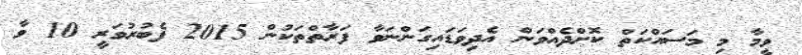
ވީމާ މި މަސައްކަތް ކޮށްދެއްވަން އެދިވަޑައިގަންނަވާ ފަރާތްތަކުން 2015 ފެބުރުވަރީ 10 ވާ